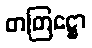
တတြဋ္ဌော